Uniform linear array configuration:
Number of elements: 4
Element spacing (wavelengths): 0.75
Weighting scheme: blackman
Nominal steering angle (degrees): -30
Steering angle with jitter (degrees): -29.305
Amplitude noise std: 0.05
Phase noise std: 0.05

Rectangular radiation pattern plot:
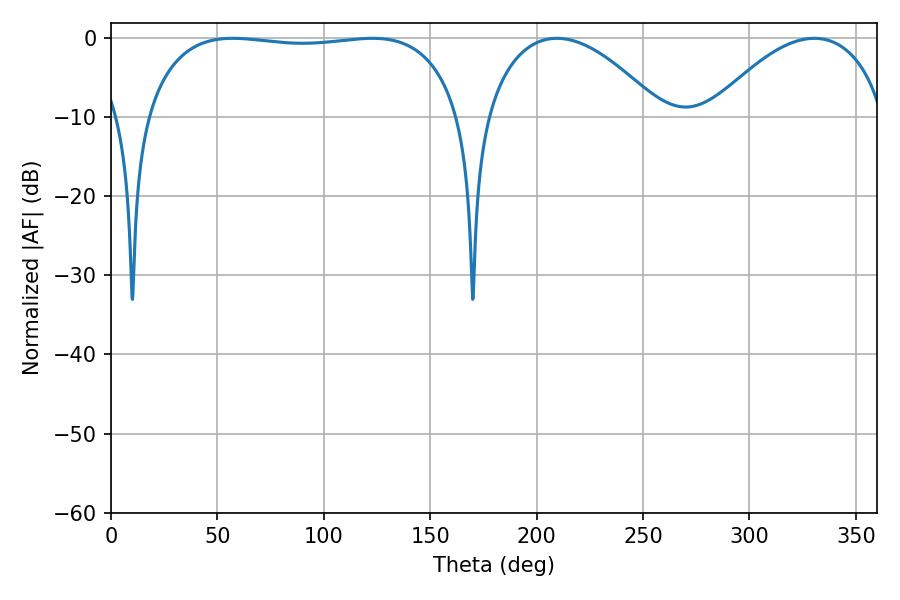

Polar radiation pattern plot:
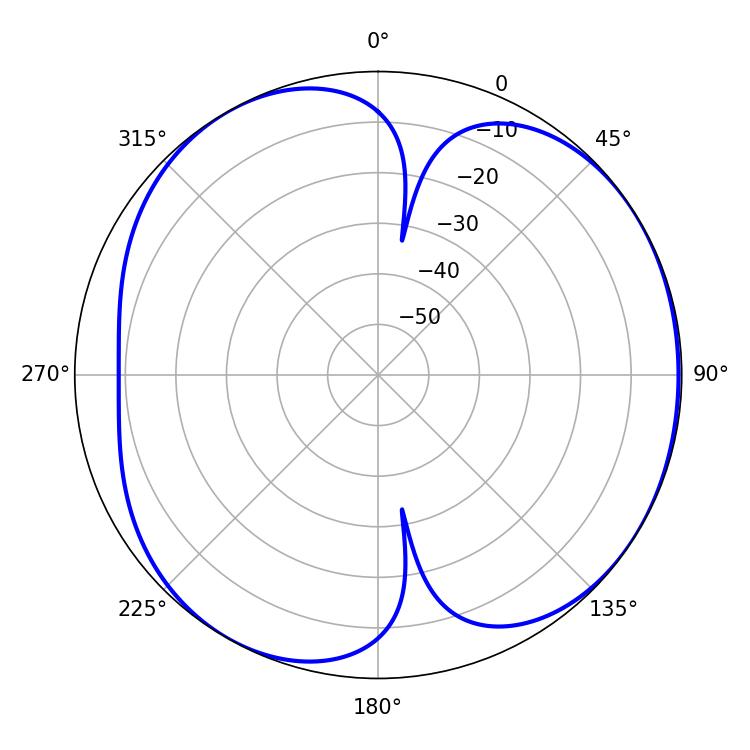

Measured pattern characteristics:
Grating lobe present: TRUE
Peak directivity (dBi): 4.906
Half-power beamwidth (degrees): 46.44
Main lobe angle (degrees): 330.48